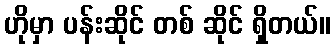
ဟိုမှာ ပန်းဆိုင် တစ် ဆိုင် ရှိတယ်။